Lunatic asylums Madras 1892-1911 - 1892-1911
Year: 1892
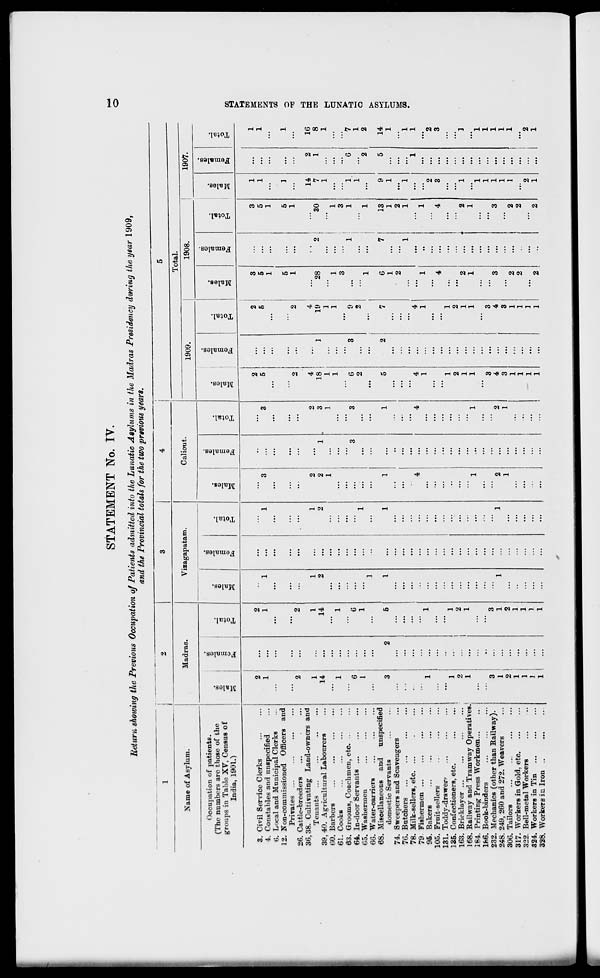
STATEMENT No. IV.
Return showing the Previous Occupation of Patients admitted into the Lunatic Atylums in the Madras Presidency during the year 1909,
and the Provincial totals for the two previous years.
1
2
3
4
i
5
Name of Asylum.
Madras.
Vizagapatam.
Caliout.
1909.
Total.
1908.
I
1907.
Occupation of patients.
oo
to
w
si
DO
m
(The numbers are those of the
w
"3
at
"3
^
ai
£
•
to
'3
^
03
3
_;
to
13
groups in Table XV, Census of
"5
c
J
«g
S
-t3
Male
e
"3
Male
S
05
a
s
<9
6
cS
India, 1901.')
s
o
fa
o
s
©
fa
O
fa
o
En
o
fa
o
1
fa
o
|
9
fa
o
3. Civil Service Clerks
2
2
• •
2
2
3
3
1
1
4. Constables and unspecified
1
1
1
...
1
3
3
5
5
5
5
1
1
6. Local and Municipal Clerks
...
...
...
...
1
1
12. Non-commissioned Officers and
Privates ...
...
...
...
...
5
5
1
1
26. Cattle-breeders
2
...
2
...
2
...
2
1
1
36,38. Cultivating Land-owners and
Tenants ...
1
1
1
1
2
...
2
4 !
...
4
14
2
16
39, 40. Agricultural Labourers
14
...
14
2
2
2
1
3
18
i
19
28
2
30
7
1
8
(50. Barbers
...
1
...
1
1
1
...
1
...
1
61. Cooks
1
1
...
1
1
1
1
63. Grooms, Coachmen, etc. ...
...
...
...
3
3
64. In-door Servants ...
6
6
...
3
3
6
3
9
...
1
1
1.
6
7
65. Washermen
1
1
1
...
...
2
2
...
...
1
1
6G. Water-carriers
1
...
...
1
...
1
2
2
68. Miscellaneous and unspecified
domestic Servants
3
2
5
1
...
1
1
...
1
5
2
7
6
7
13
9
5
14
74. Sweepers and Scavengers
...
,.
...
...
1
1
1
1
76. Butchers
...
...
2
2
...
78. Milk-sellers, etc. ...
...
...
1
1
1
1
79 Fishermen ...
4
...
4
4
...
4
...
...
1
1
95. Bakers
1
1
1
1
1
,.
1
105. Frnit-sellers
...
...
2
2
131. Toddy-drawer-
..
4
4
3
3
135. Confectioners, etc.
1
"
1
..
...
1
1
163. Bricklayer ...
2
2
2
2
168. Railway and Tramway Operatives.
1
1
...
...
1
1
2
...
2
1
]
184. Printing Press Workmen...
1
1
1
1
1
...
1
186. Book-binders
...
...
...
...
1
1
232. Mechanics (other than Bailway).
3
3
...
3
3
...
...
1
1
248. 249, 260 and 272. Weavers
1
...
1
1
...
1
2
2
4
4
3
3
1
1
306. Tailors
2
2
1
...
1
3
3
...
1
1
317. Workers in Gold, etc
1
...
1
...
...
...
1
„,
1
" 2
...
2
1
...
1
322. Bell-metal Workers
1
1
...
...
1
1
2
(
2
...
324. Workers in Tin
1
I
...
...
...
1
...
1
...
...
...
2
2
328. Workers in Iron
1
...
1
...
...
... 1 ...
...
1
1
...
1
2
..' 1
2
1
...
1
9
S
Hi
!2j
1-3
GO
o
1-9
w
Hi
a
►
»-3
00